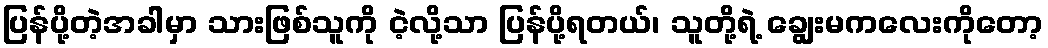
ပြန်ပို့တဲ့အခါမှာ သားဖြစ်သူကို ငဲ့လို့သာ ပြန်ပို့ရတယ်၊ သူတို့ရဲ့ ချွေးမကလေးကိုတော့